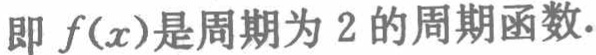
即 \(f(x)\)是周期为 \(2\)的周期函数.